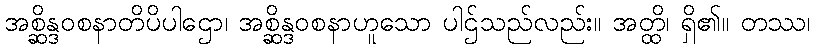
အစ္ဆိန္ဒဝစနာတိပိပါဌော၊ အစ္ဆိန္ဒဝစနာဟူသော ပါဌ်သည်လည်း။ အတ္ထိ၊ ရှိ၏။ တဿ၊